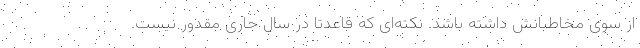
از سوی مخاطبانش داشته باشد. نکته‌ای که قاعدتاً در سال جاری مقدور نیست.